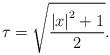
LaTeX: \begin{align*}\tau =\sqrt{\frac{\left\vert x\right\vert ^{2}+1}{2}}. \end{align*}